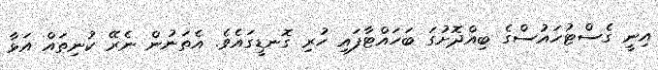
އިނީ ގެސްޓުހައުސްގެ ބިއްދޮށުގަ ބަހައްޓާފައި ހުރި ގޮނޑީގައެވެ. އެތަނުން ނެރޭ ކުނިތައް އަޅާ